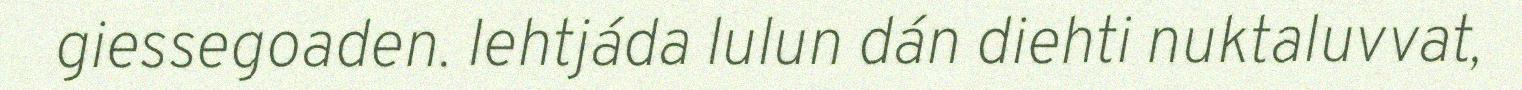
giessegoaden. Iehtjáda lulun dán diehti nuktaluvvat,